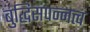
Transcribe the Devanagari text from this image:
बुद्धिसंपन्नत्व